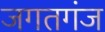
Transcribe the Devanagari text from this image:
जगतगंज